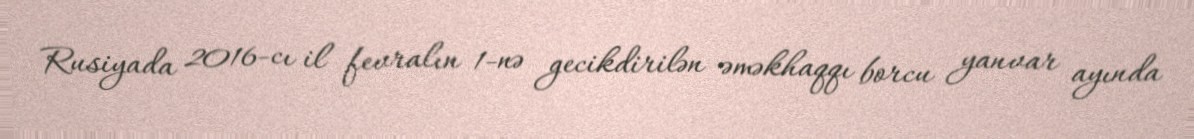
Rusiyada 2016-cı il fevralın 1-nə gecikdirilən əməkhaqqı borcu yanvar ayında